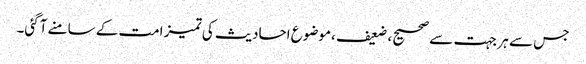
جس سے ہر جہت سے صحیح ، ضعیف ،موضوع احادیث کی تمیز امت کے سامنے آگئی۔